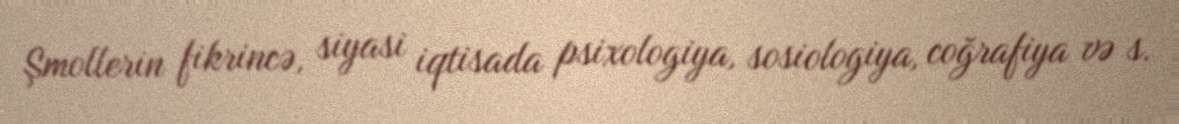
Şmollerin fikrincə, siyasi iqtisada psixologiya, sosiologiya, coğrafiya və s.